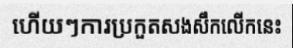
ហើយៗការប្រកួតសងសឹកលើកនេះ